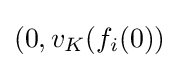
(0,v_{K}(f_{i}(0))